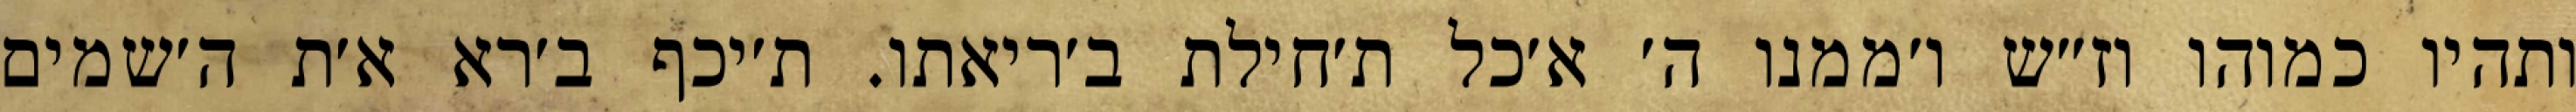
ותהיו כמוהו וז״ש ו׳ממנו ה׳ א׳כל ת׳חילת ב׳ריאתו. ת׳יכף ב׳רא א׳ת ה׳שמים